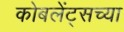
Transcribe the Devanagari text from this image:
कोबलेंट्सच्या